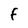
Character: F